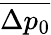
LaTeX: \overline{{\Delta p_{0}}}